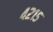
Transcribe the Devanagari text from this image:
४२१५